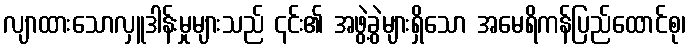
လျာထားသောလှူဒါန်းမှုများသည် ၎င်း၏ အဖွဲ့ခွဲများရှိသော အမေရိကန်ပြည်ထောင်စု၊